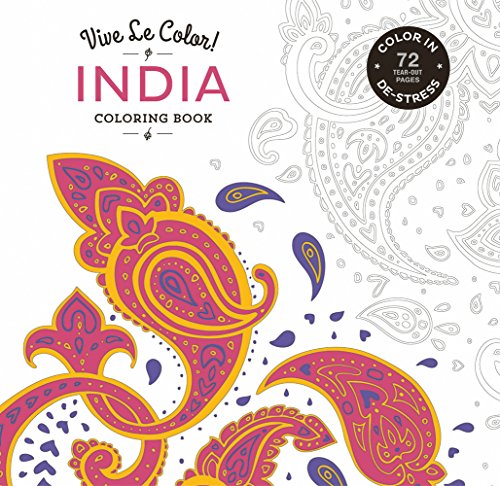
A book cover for Vive Le Color! India (Coloring Book): Color In; De-stress (72 Tear-out Pages); Abrams Noterie; Humor & Entertainment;